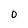
Character: 0